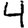
Digit: 4